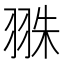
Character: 𦐣